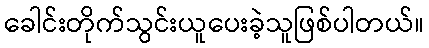
ခေါင်းတိုက်သွင်းယူပေးခဲ့သူဖြစ်ပါတယ်။